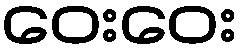
ဝေးဝေး